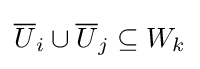
{\overline {U}}_{i}\cup {\overline {U}}_{j}\subseteq W_{k}